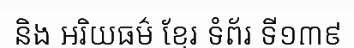
និង អរិយធម៌ ខ្មែរ ទំព័រ ទី១៣៩